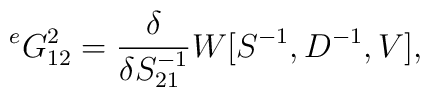
{}^eG^{2}_{12}=\frac{\delta}{\delta S^{-1}_{21}}W[S^{-1},D^{-1},V],